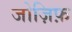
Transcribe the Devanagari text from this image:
जोज़िफ़